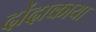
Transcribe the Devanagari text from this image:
दोंदाकाया